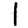
Digit: 1